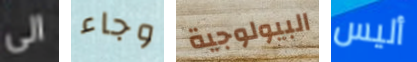
الى وجاء البيولوجية أليس